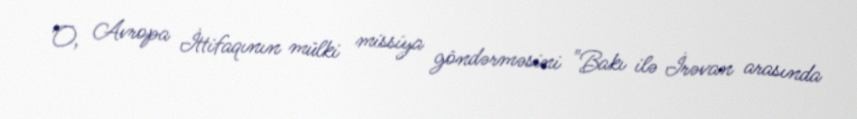
O, Avropa İttifaqının mülki missiya göndərməsini "Bakı ilə İrəvan arasında